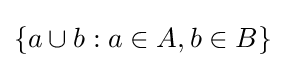
\{a\cup b:a\in A,b\in B\}